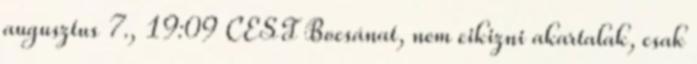
augusztus 7., 19:09 CEST Bocsánat, nem cikizni akartalak, csak